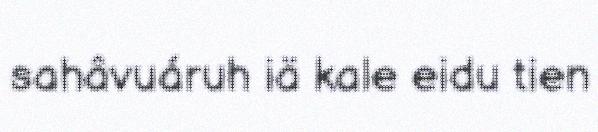
sahâvuáruh iä kale eidu tien